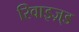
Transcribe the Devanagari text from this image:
रिवाइज़्ड